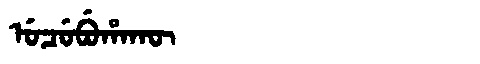
Manchu: ᡠᠴᡠᠪᡠᡥᠠᡴᡡ
Romanization: UCUBUHAKŪ